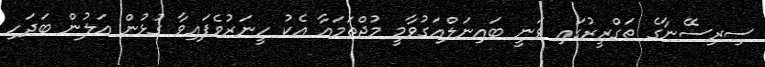
ސިރިސޭނާގެ ތަގްރީރުގައި ވަނީ ބައިނަލްއަގުވާމީ މުޖްތަމައާ އެކު ހީނަރުވެފައިވާ ގުޅުން އަލުން ބަދަހި